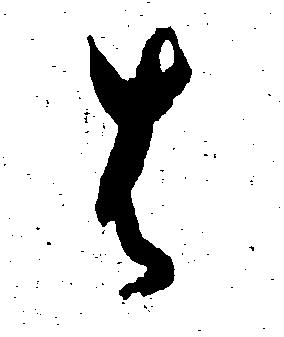
は